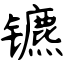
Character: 镳